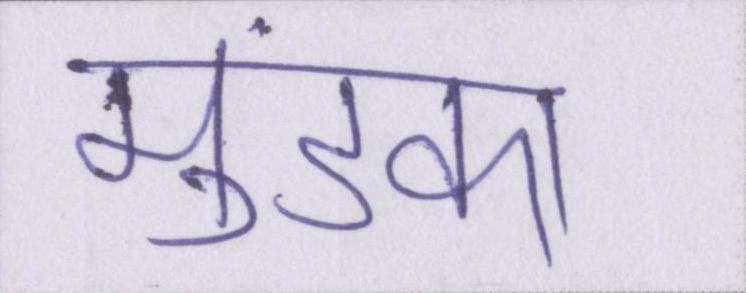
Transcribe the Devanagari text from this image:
मुंडका